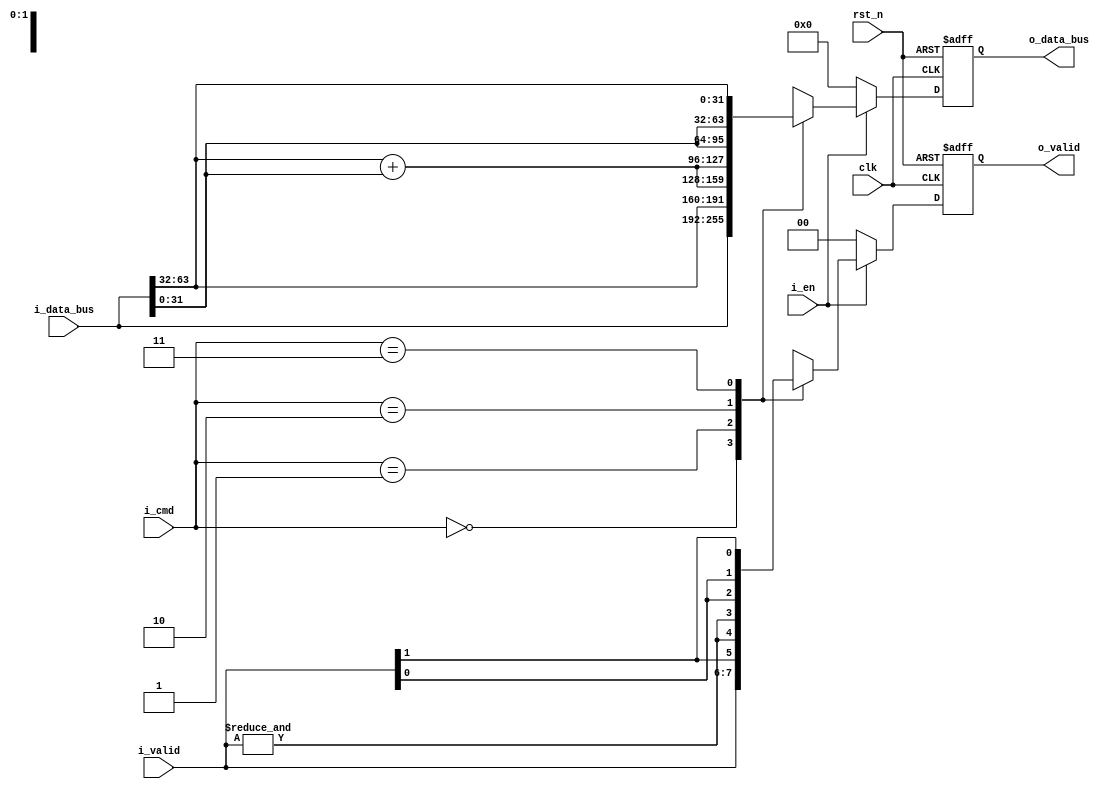
`timescale 1ns / 1ps
/******************************************************************************
Copyright (c) 

Permission is hereby granted, free of charge, to any person obtaining a copy
of this software and associated documentation files (the "Software"), to deal
in the Software without restriction, including without limitation the rights
to use, copy, modify, merge, publish, distribute, sublicense, and/or sell
copies of the Software, and to permit persons to whom the Software is
furnished to do so, subject to the following conditions:

The above copyright notice and this permission notice shall be included in all
copies or substantial portions of the Software.

THE SOFTWARE IS PROVIDED "AS IS", WITHOUT WARRANTY OF ANY KIND, EXPRESS OR
IMPLIED, INCLUDING BUT NOT LIMITED TO THE WARRANTIES OF MERCHANTABILITY,
FITNESS FOR A PARTICULAR PURPOSE AND NONINFRINGEMENT. IN NO EVENT SHALL THE
AUTHORS OR COPYRIGHT HOLDERS BE LIABLE FOR ANY CLAIM, DAMAGES OR OTHER
LIABILITY, WHETHER IN AN ACTION OF CONTRACT, TORT OR OTHERWISE, ARISING FROM,
OUT OF OR IN CONNECTION WITH THE SOFTWARE OR THE USE OR OTHER DEALINGS IN THE
SOFTWARE.

*******************************************************************************/
/*
    Top Module:  birrd_2x2_simple_last_cmd_flow_seq
    Data:        Only data width matters.
    Format:      keeping the input format unchange
    Timing:      Sequential Logic
    Reset:       Asynchronized Reset [Low Reset]
    Latency:     2 cycle for Complex; 1 cycle for Simple
    Dummy Data:  {DATA_WIDTH{1'b0}}

    Unicast Function:
                               Pass                                          Swap

            i_data_bus(high)          i_data_bus(low)      i_data_bus(high)          i_data_bus(low)
       [DATA_WIDTH+:DATA_WIDTH]    [DATA_WIDTH-1:0]    [DATA_WIDTH+:DATA_WIDTH]    [DATA_WIDTH-1:0]
                              \     /                                       \     /
                               v   v                                         v   v
                               || <--i_valid=2'b11                        || <--i_valid=2'b11
                               |___| <--i_cmd=2'b00 (MS 2 bits)              |___| <--i_cmd=2'b11 (MS 2 bits)
                              /     \                                       /     \
                             v       v                                     v       v
                     o_data_high   o_data_low                      o_data_low     o_data_high


    Multicast Function:      
                             Add-Left                                      Add-Right                

              i_data_bus(high)        i_data_bus(low)      i_data_bus(high)          i_data_bus(low)  
       [DATA_WIDTH+:DATA_WIDTH]    [DATA_WIDTH-1:0]    [DATA_WIDTH+:DATA_WIDTH]    [DATA_WIDTH-1:0] 
                              \     /                                       \     /                 
                               v   v                                         v   v                  
                               |+| <--i_valid=2'b11                        |+| <--i_valid=2'b11 
                               |___| <--i_cmd=2'b10 (MS 2 bits)              |___| <--i_cmd=2'b01  (MS 2 bits)
                              /     \                                       /     \                  
                             v       v                                     v       v        
                     accumulated   i_data_bus(low)              i_data_bus(high)  accumulated

      The i_cmd other than most significant bits -> forward to the following modules.

*/

/*
    parameter illustration:
    1. COMMAND_WIDTH means the length of command for a single switch, so each switch need COMMAND_WIDTH because of two inputs.
    2. IN_COMMAND_WIDTH means total length of command fed into the design. It is used to calculate the length of the output command.
    3. DATA_WIDTH means the length of a single data, arbitrary number is supported in the design.
*/

module birrd_2x2_simple_last_cmd_flow_seq#(
    parameter DATA_WIDTH = 32,
    parameter COMMAND_WIDTH  = 2,
    parameter IN_COMMAND_WIDTH  = 8
)(
    // timeing signals
    clk,
    rst_n,

    // data signals
    i_valid,        // valid input data signal
    i_data_bus,     // input data bus coming into distribute switch

    o_valid,        // output valid
    o_data_bus,     // output data

    // control signals
    i_en,           // distribute switch enable
    i_cmd           // input command
);

    // localparam
    localparam OUT_DATA_WIDTH = 2*DATA_WIDTH;

    // interface
    input                              clk;
    input                              rst_n;

    input  [1:0]                       i_valid;
    input  [2*DATA_WIDTH-1:0]          i_data_bus;

    output [1:0]                       o_valid;
    output [2*DATA_WIDTH-1:0]          o_data_bus; //{o_data_a, o_data_b}

    input                              i_en;
    input  [1:0]                       i_cmd;
        // 11 --> Swap
        // 00 --> Pass
        // 10 --> Add-Left
        // 01 --> Add-Right

    // output register
    reg    [OUT_DATA_WIDTH-1:0]        o_data_bus_inner;
    reg    [1:0]                       o_valid_inner;

    // Intermediate Results
    wire   [DATA_WIDTH-1:0]            i_data_high = i_data_bus[DATA_WIDTH +:DATA_WIDTH];
    wire   [DATA_WIDTH-1:0]            i_data_low = i_data_bus[0 +:DATA_WIDTH];
    
    wire   [DATA_WIDTH-1:0]            accumulated_res_inner = i_data_high + i_data_low;
    wire                               accumulated_valid = &i_valid;

    always@(posedge clk or negedge rst_n)
    begin
        if(!rst_n)
        begin
            o_data_bus_inner <= {OUT_DATA_WIDTH{1'b0}};
        end
        else if(i_en)
        begin
            case({i_cmd})
                2'b00:
                begin
                    o_data_bus_inner <= i_data_bus;
                end
                2'b01:
                begin
                    o_data_bus_inner <= {i_data_high, accumulated_res_inner};
                end
                2'b10:
                begin
                    o_data_bus_inner <= {accumulated_res_inner, i_data_low};
                end
                2'b11:
                begin
                    o_data_bus_inner <= {i_data_low, i_data_high};
                end
            endcase
        end
        else
        begin
            o_data_bus_inner <= {OUT_DATA_WIDTH{1'b0}};
        end
    end

    always@(posedge clk or negedge rst_n)
    begin
        if(!rst_n)
        begin
            o_valid_inner <= 2'b0;
        end
        else if(i_en)
        begin
            case({i_cmd})
                2'b00:
                begin
                    o_valid_inner <= i_valid;
                end
                2'b01:
                begin
                    o_valid_inner <= {i_valid[1], accumulated_valid};
                end
                2'b10:
                begin
                    o_valid_inner <= {accumulated_valid, i_valid[0]};
                end
                2'b11:
                begin
                    o_valid_inner <= {i_valid[0], i_valid[1]};
                end
            endcase
        end
        else
        begin
            o_valid_inner <= 2'b0;
        end
    end

    assign o_data_bus = o_data_bus_inner;
    assign o_valid = o_valid_inner;

endmodule